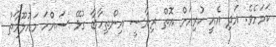
ކަމަށެވެ. އަދި އެއީ ކުރިއަށް އޮތް ރިޔާސީ އިންތިހާބާ ގުޅޭ ސައްހަ މައުލޫމާތު